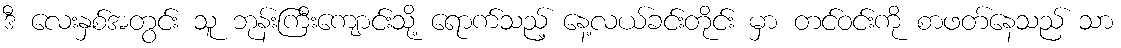
ဒီ လေးနှစ်အတွင်း သူ ဘုန်းကြီးကျောင်းသို့ ရောက်သည့် နေ့လယ်ခင်းတိုင်း မှာ တင်ဝင်းကို စာဖတ်နေသည် သာ